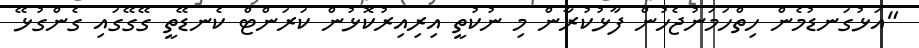
"އަޅުގަނޑުމެން ހިތްހަމަނުޖެހުން ފާޅުކުރާން މި ނުކުތީ އިރިއިރުކޮޅުން ކަރަންޓް ކެނޑޭތީ ގޭގޭގައި ގެންގުޅޭ